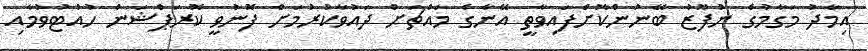
އިމާދު މަގާމުގެ ނުފޫޒު ބޭނުންކޮށްފައިވާތީ އޭނާގެ މައްޗަށް ދައުވާކުރުމަށް ފޮނުވީ ކޮރަޕްޝަން ހުއްޓުވުމާއި